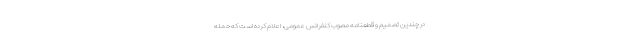
در چندین تصمیم و قطعنامه مصوب کنفرانس عمومی، اعلام کرده است که حمله